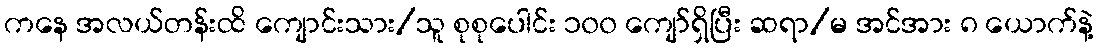
ကနေ အလယ်တန်းထိ ကျောင်းသား/သူ စုစုပေါင်း ၁၀၀ ကျော်ရှိပြီး ဆရာ/မ အင်အား ၈ ယောက်နဲ့